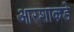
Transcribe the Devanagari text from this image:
आरशाकडे